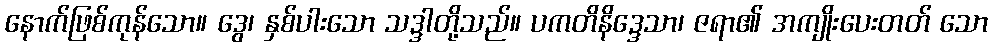
နောက်ဖြစ်ကုန်သော။ ဒွေ၊ နှစ်ပါးသော သဒ္ဒါတို့သည်။ ပကတိနိဒ္ဒေသာ၊ ဇရာ၏ အကျိုးပေးတတ် သော